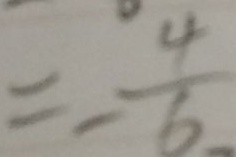
= - \frac { 4 } { 6 }